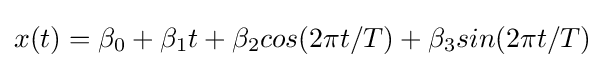
x(t)=\beta _{0}+\beta _{1}t+\beta _{2}cos(2\pi t/T)+\beta _{3}sin(2\pi t/T)